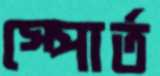
স্পোর্ত